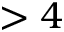
> 4